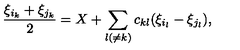
\frac { \xi _ { i _ { k } } + \xi _ { j _ { k } } } { 2 } = X + \sum _ { l ( \neq k ) } c _ { k l } ( \xi _ { i _ { l } } - \xi _ { j _ { l } } ) ,